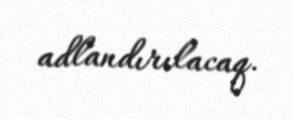
adlandırılacaq.